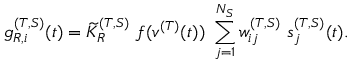
g _ { R , i } ^ { ( T , S ) } ( t ) = { \widetilde K } _ { R } ^ { ( T , S ) } ~ f ( v ^ { ( T ) } ( t ) ) ~ \sum _ { j = 1 } ^ { N _ { S } } w _ { i j } ^ { ( T , S ) } ~ s _ { j } ^ { ( T , S ) } ( t ) .